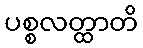
ပစ္စလတ္ထာတိ